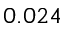
0 . 0 2 4